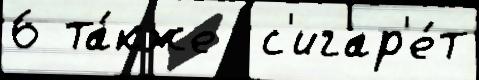
6 та́кже  с'игар'е́т